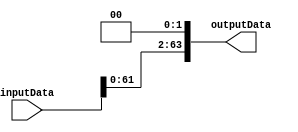
module ShiftLeft2
(
	input [63:0] inputData,
	output reg [63:0] outputData
);

	always @(*) begin
		outputData = inputData << 2;
	end
endmodule